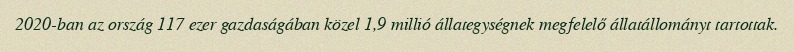
2020-ban az ország 117 ezer gazdaságában közel 1,9 millió állategységnek megfelelő állatállományt tartottak.